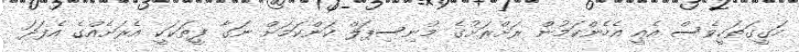
ހަގީގަތަކީވެސް އެއީ އެހެންކަމުން ރަށްރަށުގެ މުނިސިޕަލް ކަންކަމަށް ނަގާ ފީތަކަކީ އެރަށެއްގެ އެފަދަ